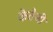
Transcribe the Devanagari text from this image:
केतेजी